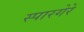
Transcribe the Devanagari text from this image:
स्पारगेरे